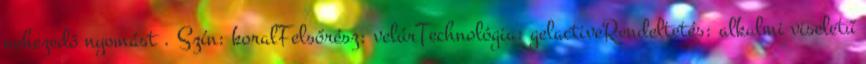
nehezedő nyomást . Szín: koralFelsőrész: velúrTechnológia: gelactiveRendeltetés: alkalmi viseletű